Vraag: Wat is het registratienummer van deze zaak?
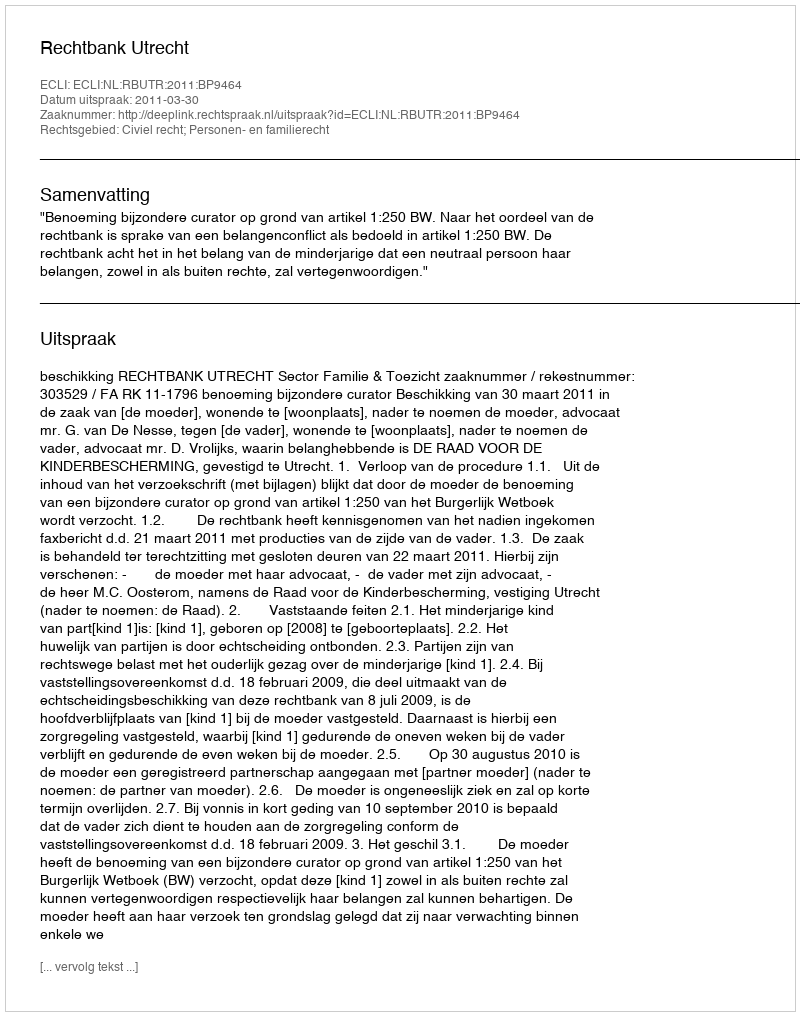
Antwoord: http://deeplink.rechtspraak.nl/uitspraak?id=ECLI:NL:RBUTR:2011:BP9464